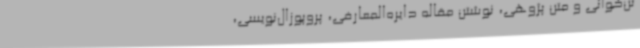
تن‌خوانی و متن پژوهی، نوشتن مقاله دایره‌المعارفی، پروپوزال‌نویسی،